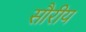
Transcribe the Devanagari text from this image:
सौरीय